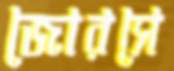
জোরসে